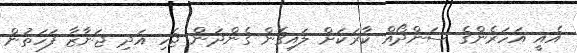
އެއީ އަހަރެންގެ ސަންދޯއް ކާރަކަށް ލައިގެން ގެންދަން ޖެހި އަދި ޖަނާޒާ ފަހަތުން